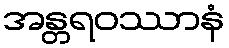
အန္တရဝဿာနံ